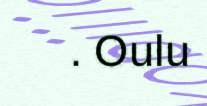
. Oulu